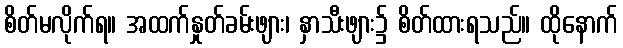
စိတ်မလိုက်ရ။ အထက်နှုတ်ခမ်းဖျား၊ နှာသီးဖျား၌ စိတ်ထားရသည်။ ထိုနောက်